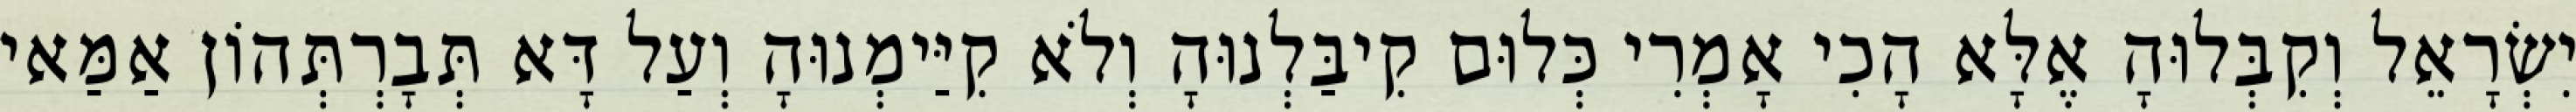
יִשְׂרָאֵל וְקִבְּלוּהָ אֶלָּא הָכִי אָמְרִי כְּלוּם קִיבַּלְנוּהָ וְלֹא קִיַּימְנוּהָ וְעַל דָּא תְּבָרְתְּהוֹן אַמַּאי